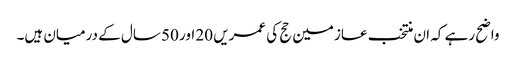
واضح رہے کہ ان منتخب عازمین حج کی عمریں 20 اور 50 سال کے درمیان ہیں۔